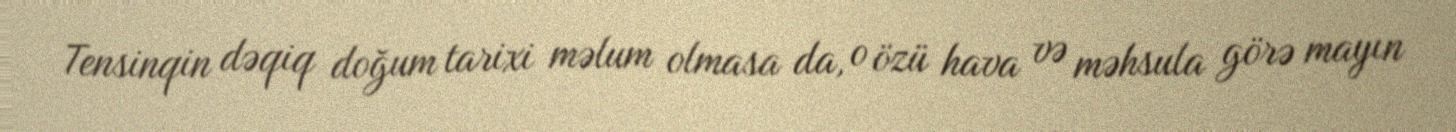
Tensinqin dəqiq doğum tarixi məlum olmasa da, o özü hava və məhsula görə mayın